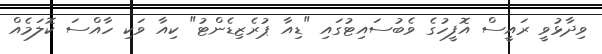
ވިދާޅުވީ ރައީސް އޮފީހުގެ ވެބުސައިޓުގައި "ޑިއާ ޕުރެޒިޑެންޓު" ކިއާ ވަކި ހާއްސަ ކޮލަމެއް